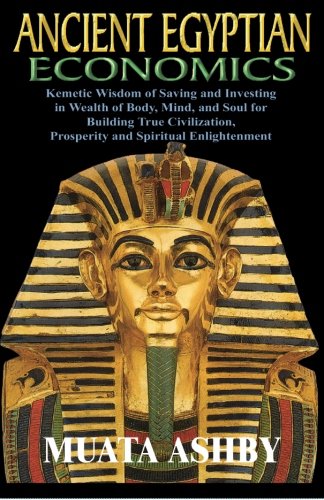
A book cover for ANCIENT EGYPTIAN ECONOMICS Kemetic Wisdom of Saving and Investing in Wealth of Body, Mind, and Soul for Building True Civilization, Prosperity and Spiritual Enlightenment; Dr Muata Ashby; Business & Money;